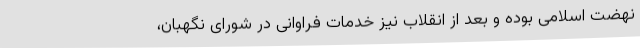
نهضت اسلامی بوده و بعد از انقلاب نیز خدمات فراوانی در شورای نگهبان،